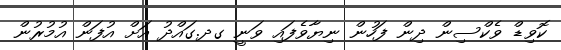
ކޮވިޑް ވެކްސިން ދިން ފަހުން ނިޔާވެފައި ވަނީ ގދ.ގައްދު އަށް އުފަން އުމުރުން